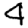
Digit: 4